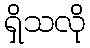
ရှိသလို